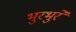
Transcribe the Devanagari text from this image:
भुरभुरे